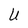
Character: U